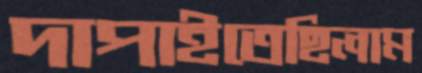
দাপাইতেছিলাম